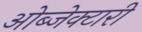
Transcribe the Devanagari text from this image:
ओब्जेक्टारी